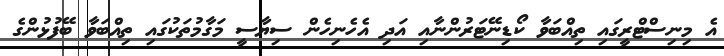
އެ މިނިސްޓްރީގައި ތިއްބަވާ ކޯޑިނޭޓަރުންނާއި އަދި އެހެނިހެން ސިޔާސީ މަގާމުތަކުގައި ތިއްބަވާ ބޭފުޅުންގެ